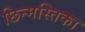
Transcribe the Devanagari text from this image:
छिन्मस्तिका